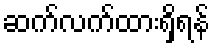
ဆက်လက်ထားရှိရန်